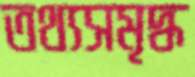
তথ্যসমৃদ্ধ